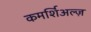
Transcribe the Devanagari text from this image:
कमर्शिअल्ज़